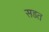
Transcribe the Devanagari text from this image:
सडत